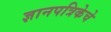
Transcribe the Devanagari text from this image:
ज्ञानपत्रिकेचे